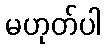
မဟုတ်ပါ